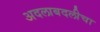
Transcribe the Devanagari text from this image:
अदलाबदलीचा